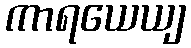
ကာရယေယျ